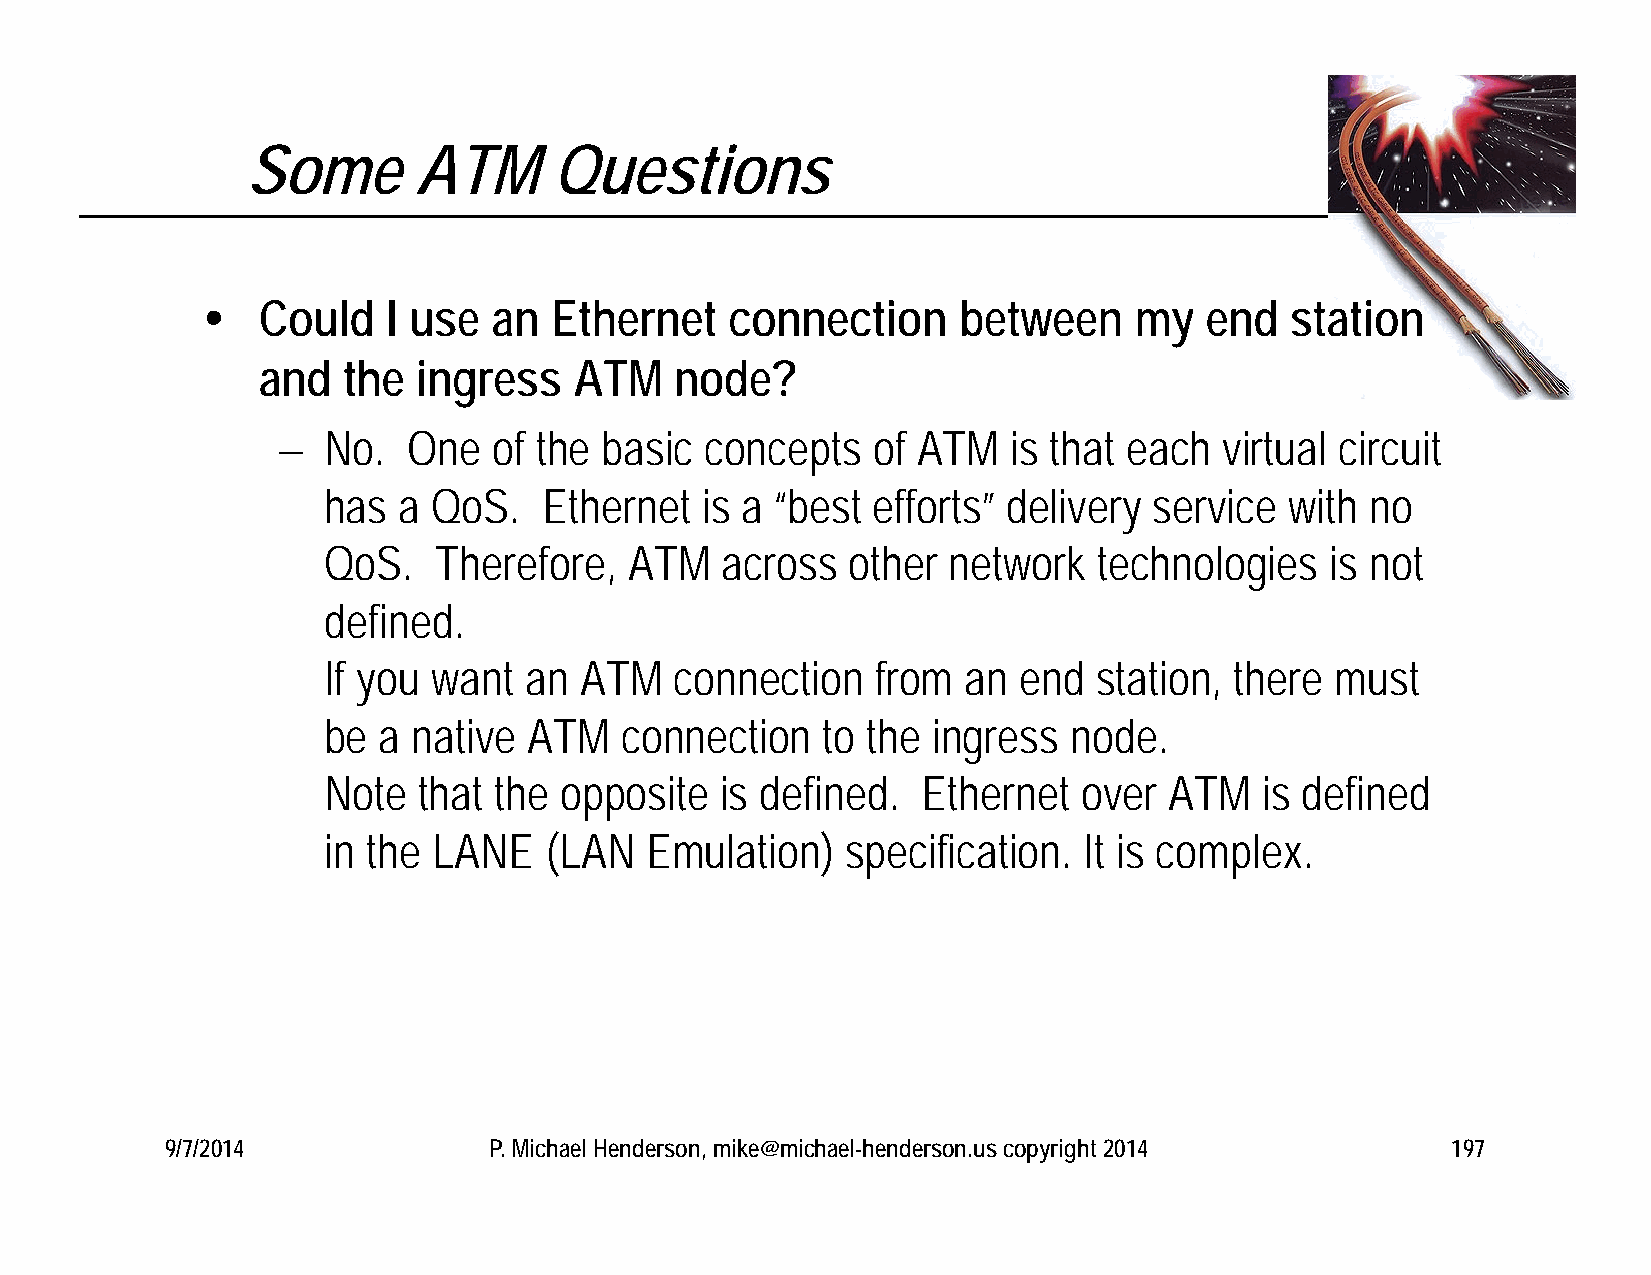
Some        ATM      Questions
    Could    I use  an Ethernet    connection     between     my   end  station
 and   the  ingress   ATM    node?
   No.   One   of the basic  concepts   of ATM   is that each  virtual circuit
 has  a  QoS.   Ethernet   is a “best efforts” delivery service  with  no
 QoS.    Therefore,   ATM   across  other  network   technologies   is not
 defined.
 If you  want  an ATM    connection   from  an end   station, there must
 be  a native  ATM   connection   to the  ingress  node.
 Note   that the opposite   is defined.  Ethernet   over ATM    is defined
 in the  LANE   (LAN   Emulation)   specification.  It is complex.
 9/7/2014             P. Michael Henderson, mike@michael-henderson.us copyright 2014  197